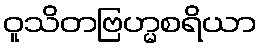
ဝူသိတဗြဟ္မစရိယာ